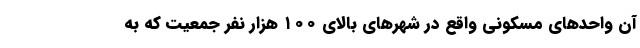
آن واحد‌های مسکونی واقع در شهر‌های بالای ۱۰۰ هزار نفر جمعیت که به